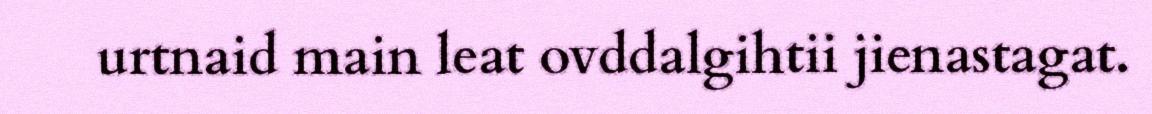
urtnaid main leat ovddalgihtii jienastagat.